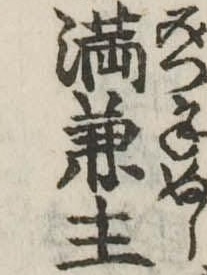
満兼主